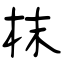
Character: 枺